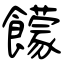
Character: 饛